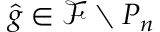
\hat { g } \in \mathcal { F } \setminus P _ { n }